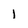
Character: 1